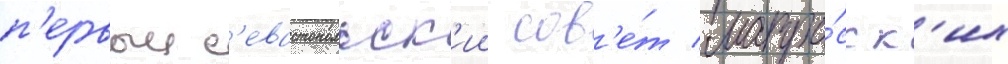
п'ервыи с'евастопольск'ии сов'е́т матро́сск'их